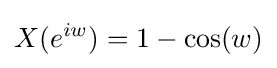
X(e^{iw})=1-\cos(w)